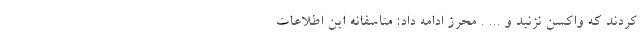
کردند که واکسن نزنید و ... . محرز ادامه داد: متاسفانه این اطلاعات